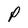
Character: p